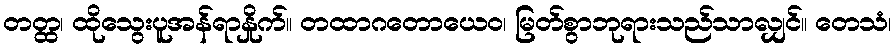
တတ္ထ၊ ထိုသွေးပူအန်ရာနှိုက်။ တထာဂတောယေဝ၊ မြတ်စွာဘုရားသည်သာလျှင်။ တေသံ၊